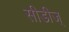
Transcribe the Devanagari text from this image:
सीडीज्